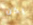
يكن